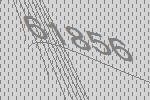
61856